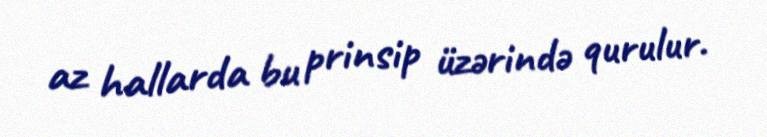
az hallarda bu prinsip üzərində qurulur.